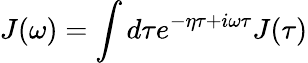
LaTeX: J(\omega)=\int d\tau e^{-\eta\tau+i\omega\tau}J(\tau)